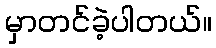
မှာတင်ခဲ့ပါတယ်။